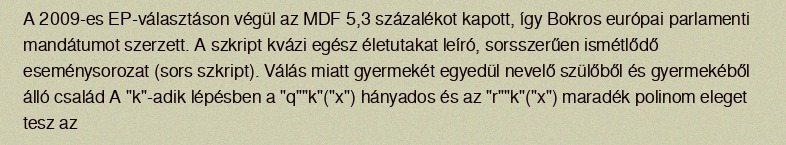
A 2009-es EP-választáson végül az MDF 5,3 százalékot kapott, így Bokros európai parlamenti mandátumot szerzett. A szkript kvázi egész életutakat leíró, sorsszerűen ismétlődő eseménysorozat (sors szkript). Válás miatt gyermekét egyedül nevelő szülőből és gyermekéből álló család A "k"-adik lépésben a "q""k"("x") hányados és az "r""k"("x") maradék polinom eleget tesz az